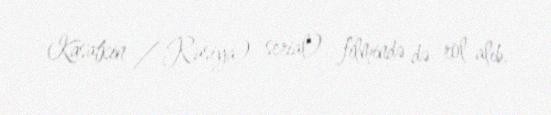
Kasatkin / Rusiya) serial) filmində də rol alıb.